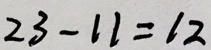
2 3 - 1 1 = 1 2